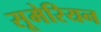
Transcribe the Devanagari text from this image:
सूमेरियन